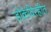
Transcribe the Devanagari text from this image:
डोकेविरहीत